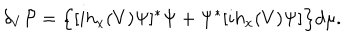
\delta _ { V } { \cal P } = \Big \{ [ i h _ { x } ( V ) \Psi ] ^ { * } \Psi + \Psi ^ { * } [ i h _ { x } ( V ) \Psi ] \Big \} d \mu .